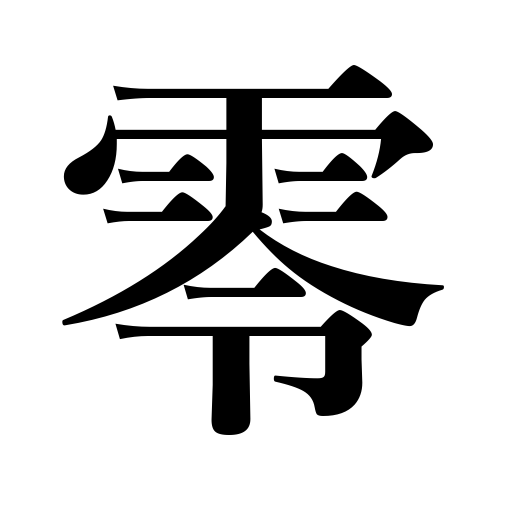
Meanings: zero,cipher,fall,nothing